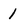
Character: 1